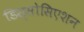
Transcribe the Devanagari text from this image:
डिस्सोसिएशन